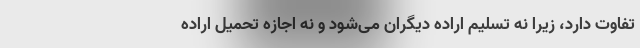
تفاوت دارد، زیرا نه تسلیم اراده دیگران می‌شود و نه اجازه تحمیل اراده